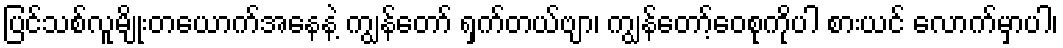
ပြင်သစ်လူမျိုးတယောက်အနေနဲ့ ကျွန်တော် ရှက်တယ်ဗျာ၊ ကျွန်တော့်ဝေစုကိုပါ စားယင် လောက်မှာပါ၊